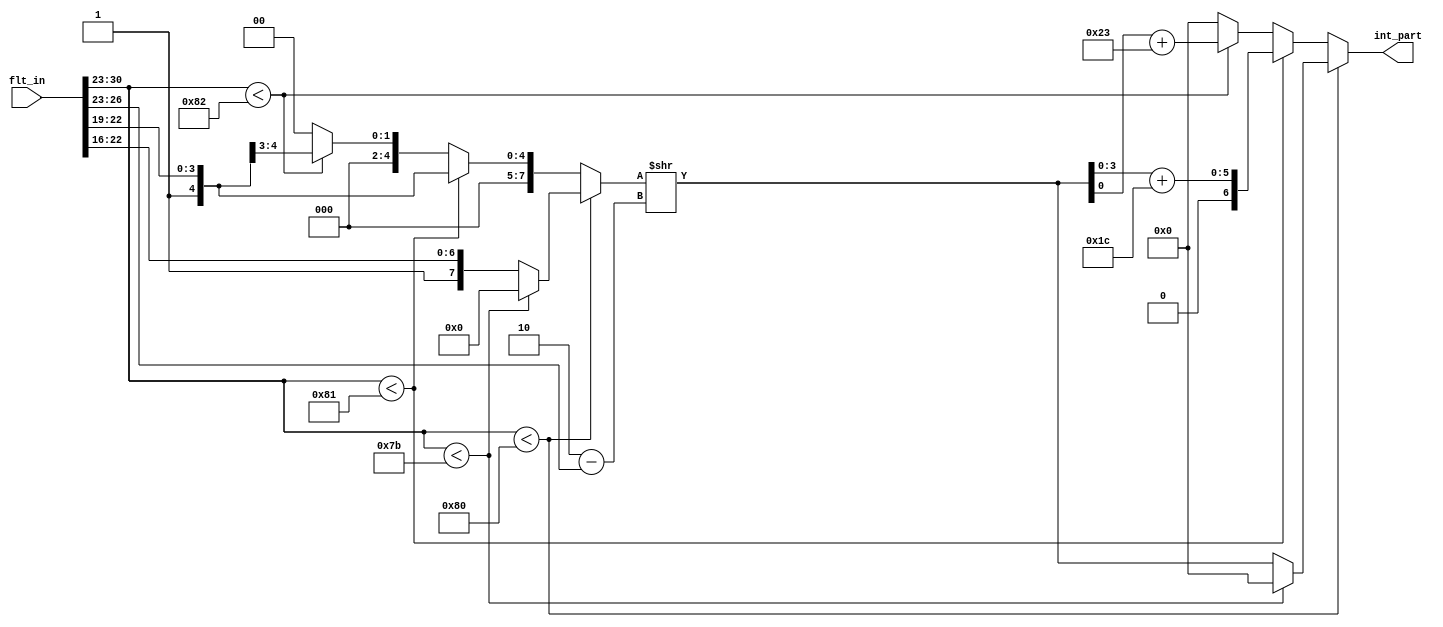
`timescale 1ns / 1ps
module flt2fix(input [31:0] flt_in,output wire [6:0] int_part);

wire [7:0] mi;
wire [7:0] mi_min;
wire [7:0] mi_middle;
wire [7:0] mi_max;
wire[3:0] ei;

assign find_loc0 = flt_in[30:23] < 'b01111011;  // <0.0625 
assign find_loc1 = flt_in[30:23] < 'b10000000;  // <2
assign find_loc2 = flt_in[30:23] < 'b10000001;  // <4
assign find_loc3 = flt_in[30:23] < 'b10000010;  // <8

assign mi_min = {1'b1,flt_in[22:16]};
assign mi_middle = {4'b1,flt_in[22:19]};
assign mi_max = {7'b1,flt_in[22]};
assign ei = 127 + 3 - flt_in[30:23];
wire [7:0] temp;
assign mi = find_loc1 ? (find_loc0 ? 0 : mi_min ): find_loc2 ? mi_middle : find_loc3 ? mi_max : 0; 
assign temp = mi >> ei; 
assign int_part =  find_loc1 ? (find_loc0 ? 0 : temp[6:0]) : find_loc2 ? (temp[3:0] + 'd28) : find_loc3 ? (temp[0] + 'd35) : 0; 


endmodule